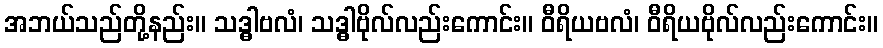
အဘယ်သည်တို့နည်း။ သဒ္ဓါဗလံ၊ သဒ္ဓါဗိုလ်လည်းကောင်း။ ဝီရိယဗလံ၊ ဝီရိယဗိုလ်လည်းကောင်း။